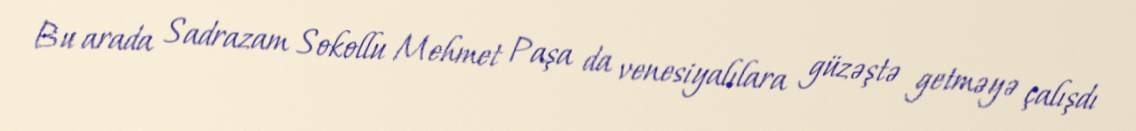
Bu arada Sadrazam Sokollu Mehmet Paşa da venesiyalılara güzəştə getməyə çalışdı